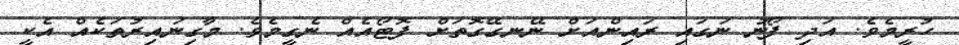
ހުރީމެވެ. އަދި ފޯނު ނަގައި ރައިންއަށް ނޭނގޭގޮތަށް ފޮޓޯއެއް ނެގީމެވެ. މާގިނައިރުތަކެއް އެކީ